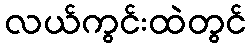
လယ်ကွင်းထဲတွင်